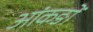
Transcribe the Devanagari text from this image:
आंकङों